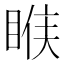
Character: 𰥱